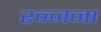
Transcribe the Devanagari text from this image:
रन्जना